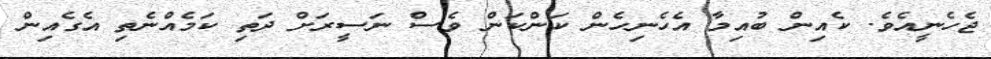
ޖެހެނީއެވެ. ކެއިން ބުއިމާ އެހެނިހެން ކަންކަން ވެސް ނަސީރަށް ދަތި ކަމެއްނެތި އެގެއިން